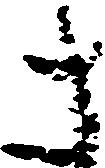
さ